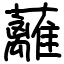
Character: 蘺